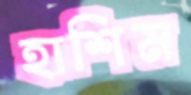
হাশিম